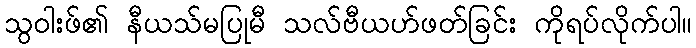
သွဝါးဖ်၏ နီယသ်မပြုမီ သလ်ဗီယဟ်ဖတ်ခြင်း ကိုရပ်လိုက်ပါ။